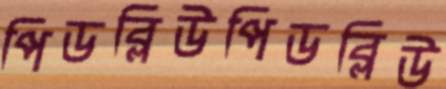
পিডব্লিউপিডব্লিউ